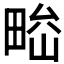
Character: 𤲁